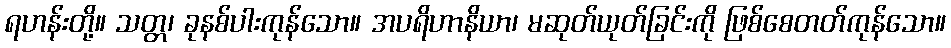
ရဟန်းတို့။ သတ္တ၊ ခုနစ်ပါးကုန်သော။ အပရိဟာနိယာ၊ မဆုတ်ယုတ်ခြင်းကို ဖြစ်စေတတ်ကုန်သော။